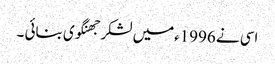
اسی نے 1996ءمیں لشکر جھنگوی بنائی ۔